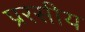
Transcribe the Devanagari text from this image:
प्ररसीय